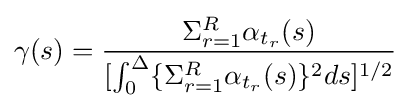
\gamma (s)={\frac {\Sigma _{r=1}^{R}\alpha _{t_{r}}(s)}{[\int _{0}^{\Delta }\{\Sigma _{r=1}^{R}\alpha _{t_{r}}(s)\}^{2}ds]^{1/2}}}